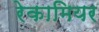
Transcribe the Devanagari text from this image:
रेकामियर